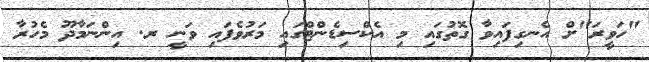
"ހަވީރަ"ށް އެނގިފައިވާ ގޮތުގައި މި އެކްސިޑެންޓްގައި މަރުވެފައި ވަނީ ރ. އިންނަމާދޫ މެހުރާ